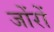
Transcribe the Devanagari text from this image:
जोंरों